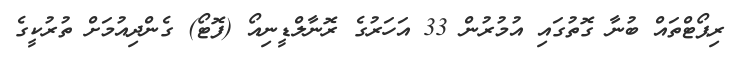
ރިޕޯޓްތައް ބުނާ ގޮތުގައި އުމުރުން 33 އަހަރުގެ ރޮނާލްޑީނިއޯ (ފޮޓޯ) ގެންދިއުމަށް ތުރުކީގެ